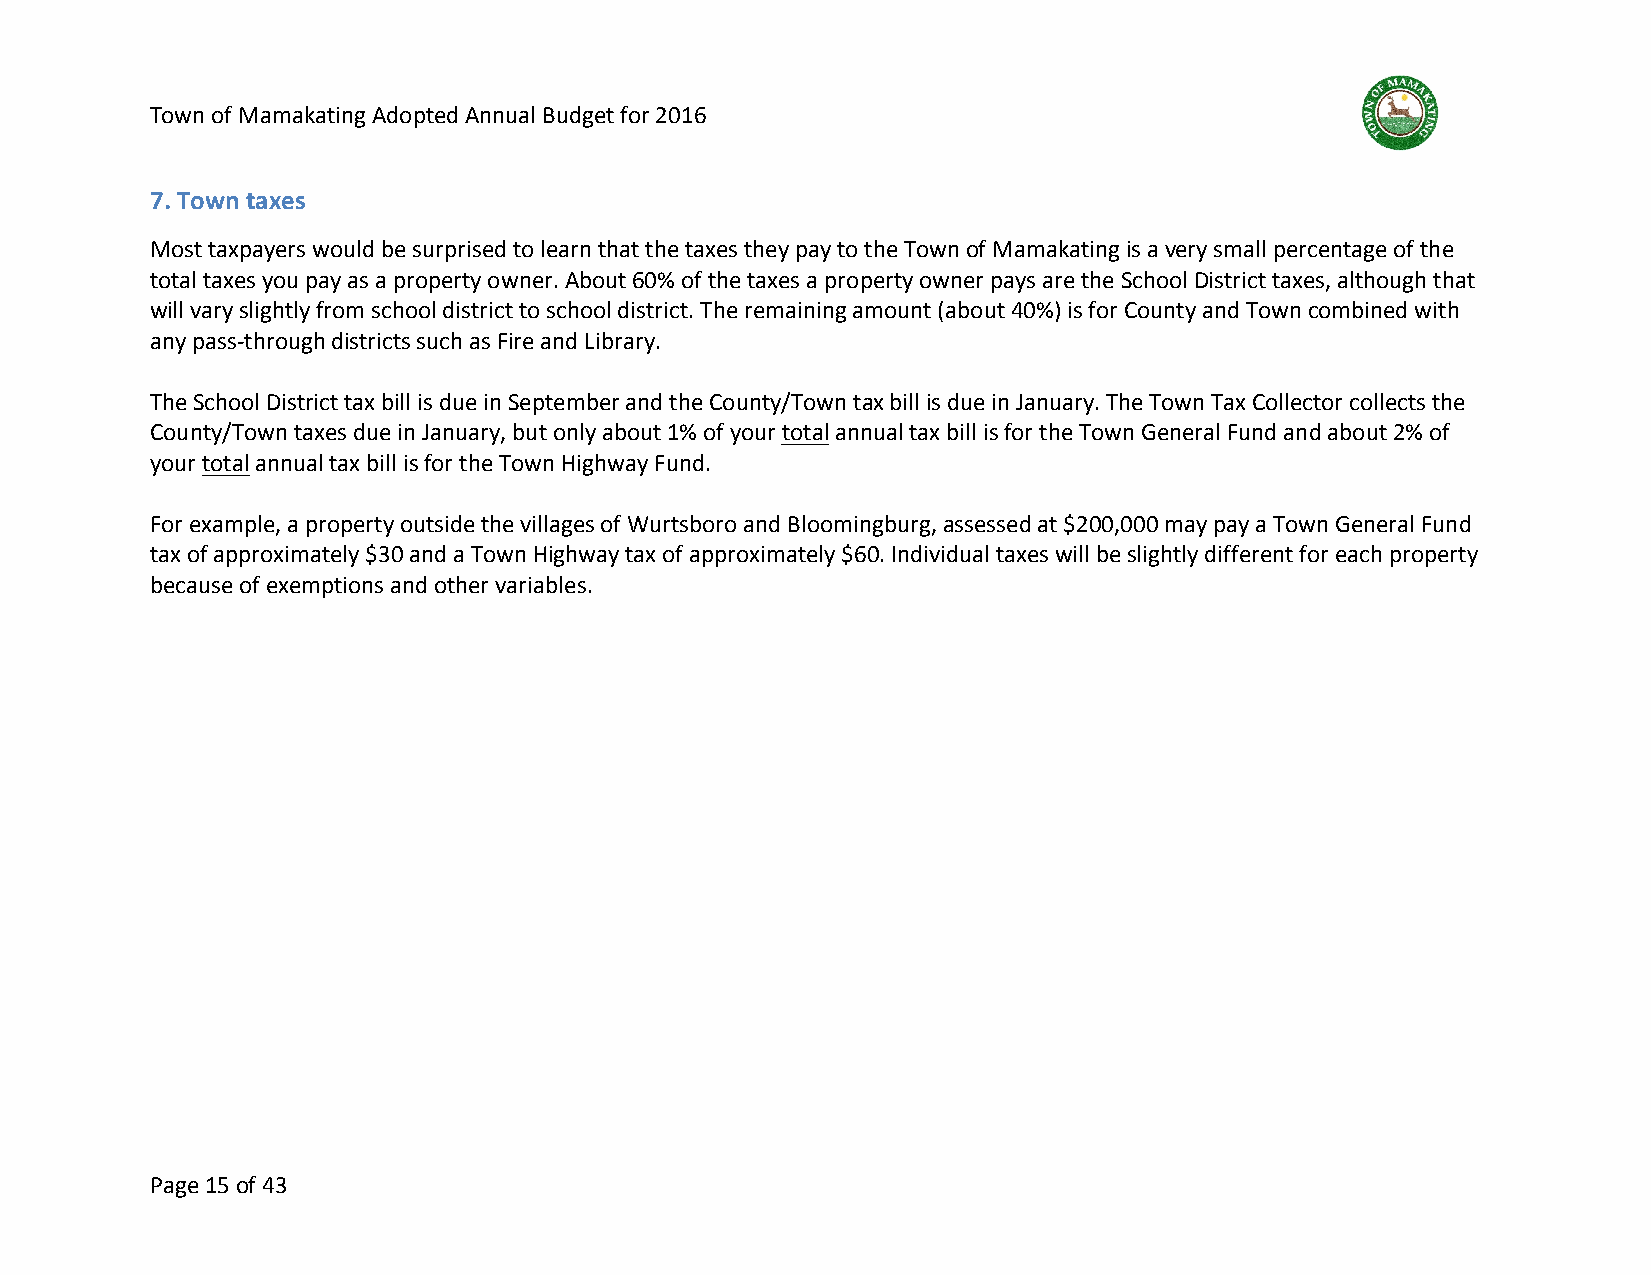
Town of Mamakating Adopted Annual Budget for 2016
 7. Town taxes
 Most taxpayers would be surprised to learn that the taxes they pay to the Town of Mamakating is a very small percentage of the
 total taxes you pay as a property owner. About 60% of the taxes a property owner pays are the School District taxes, although that
 will vary slightly from school district to school district. The remaining amount (about 40%) is for County and Town combined with
 any pass-through districts such as Fire and Library.
 The School District tax bill is due in September and the County/Town tax bill is due in January. The Town Tax Collector collects the
 County/Town taxes due in January, but only about 1% of your total annual tax bill is for the Town General Fund and about 2% of
 your total annual tax bill is for the Town Highway Fund.
 For example, a property outside the villages of Wurtsboro and Bloomingburg, assessed at $200,000 may pay a Town General Fund
 tax of approximately $30 and a Town Highway tax of approximately $60. Individual taxes will be slightly different for each property
 because of exemptions and other variables.
 Page 15 of 43